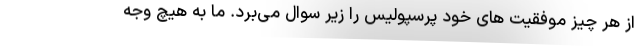
از هر چیز موفقیت های خود پرسپولیس را زیر سوال می‌برد. ما به هیچ وجه